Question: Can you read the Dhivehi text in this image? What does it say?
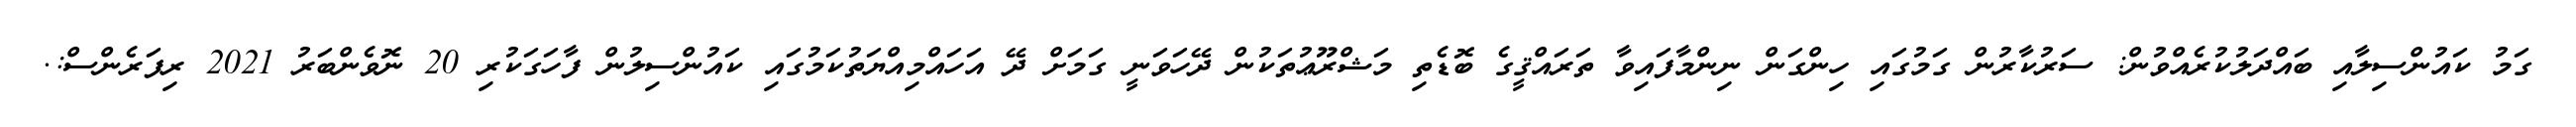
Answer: ގަމު ކައުންސިލާއި ބައްދަލުކުރެއްވުން: ސަރުކާރުން ގަމުގައި ހިންގަން ނިންމާފައިވާ ތަރައްޤީގެ ބޮޑެތި މަޝްރޫޢުތަކުން ދޭހަވަނީ ގަމަށް ދޭ އަހައްމިއްޔަތުކަމުގައި ކައުންސިލުން ފާހަގަކުރި 20 ނޮވެންބަރު 2021 ރިފަރެންސް:.